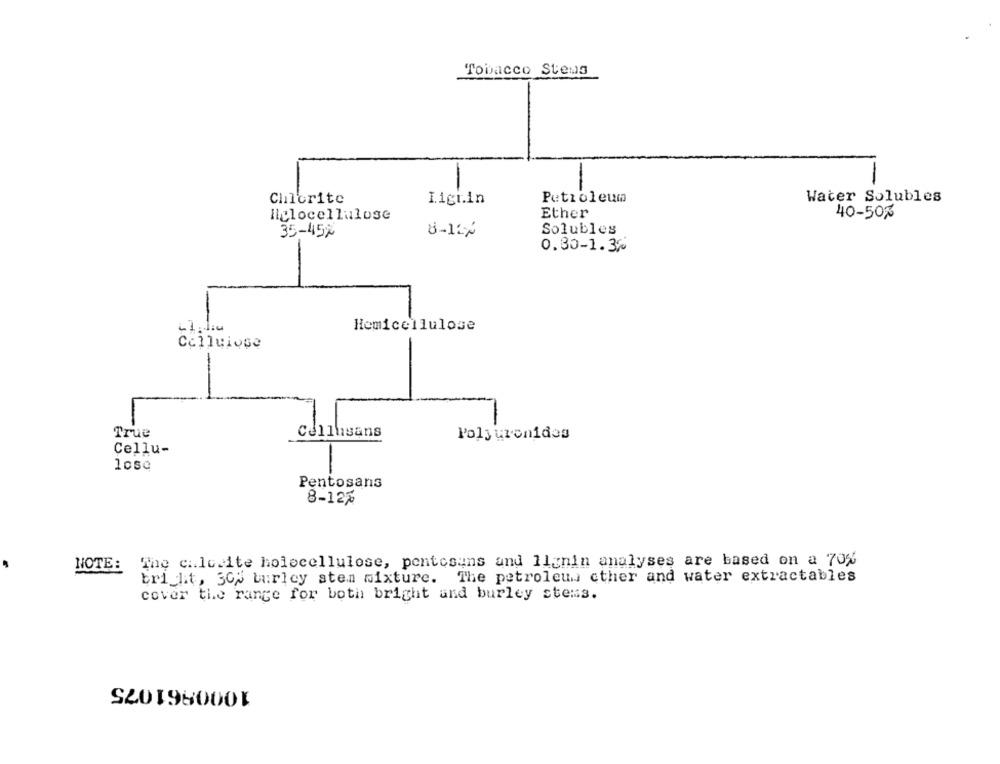
Tobacco Stens
-
Petroleum
Water Solubles
Chlorite
Ligi.in
Ether
40-50%
iglocellulose
35-45%
8-11/
Solubles
0.30-1.32
-
-
Hemicellulose
Cellulose
1-
-
-
True
Cellusans
Poly uronides
Cellu-
lose
Pentosans
8-12%
NOTE: The calcite holscellulose, pontosuns and Ilinin analyses are based on a 70%
bright, 30% burley sten mixture. The petroleum other and water extractables
cover the range for both bright and burley stems.
1000861075